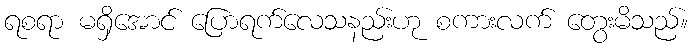
ရစရာ မရှိအောင် ပြောရက်လေသနည်းဟု စကားလက် တွေးမိသည်။